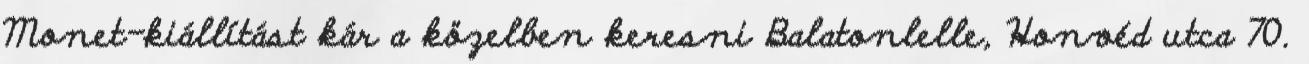
Monet-kiállítást kár a közelben keresni Balatonlelle, Honvéd utca 70.